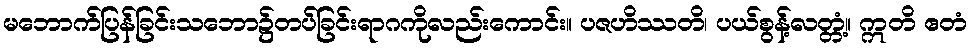
မဘောက်ပြန်ခြင်းသဘော၌တပ်ခြင်းရာဂကိုလည်းကောင်း။ ပဇဟိဿတိ၊ ပယ်စွန့်လတ္တံ့။ ဣတိ ဧတံ